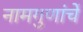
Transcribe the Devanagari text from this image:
नामगुणांचें